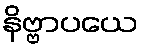
နိဗ္ဗာပယေ